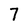
Character: 7